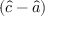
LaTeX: ( { \hat { c } } - { \hat { a } } )